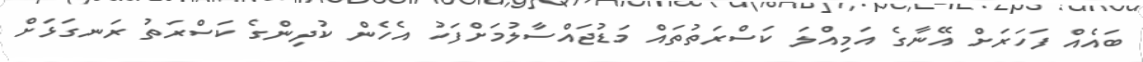
ބައެއް ފަހަރަށް އޭނާގެ އަމިއްލަ ކަސްރަތުތައް މަޑުޖައްސާލުމަށްފަހު އެހެން ކުދިންގެ ކަސްރަތު ރަނގަޅަށް